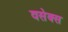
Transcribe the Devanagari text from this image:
वसेक्स